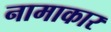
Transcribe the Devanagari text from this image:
नामाकार